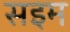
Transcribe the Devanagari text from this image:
सइम